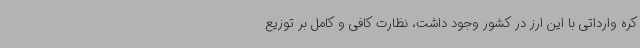
کره وارداتی با این ارز در کشور وجود داشت، نظارت کافی و کامل بر توزیع